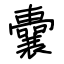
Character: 囊